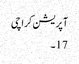
آپریشن کراچی
17۔